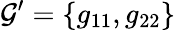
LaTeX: {\cal G}^{\prime}=\{ g_{11},g_{22}\}